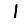
Digit: 1